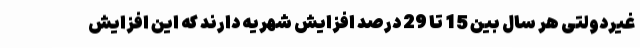
غیردولتی هر سال بین 15 تا 29 درصد افزایش شهریه دارند که این افزایش